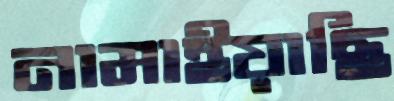
নামাইয়াছি